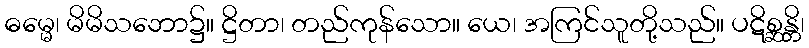
ဓမ္မေ၊ မိမိသဘော၌။ ဋ္ဌိတာ၊ တည်ကုန်သော။ ယေ၊ အကြင်သူတို့သည်။ ပဋိစ္ဆန္တိ၊